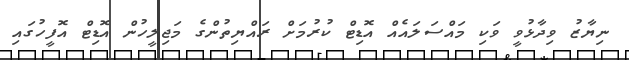
ނިޔާޒު ވިދާޅުވީ ވަކި މައްސަލައެއް އޮޑިޓް ކުރުމަށް ރައްޔިތުންގެ މަޖިލީހުން އޮޑިޓް އޮފީހުގައި